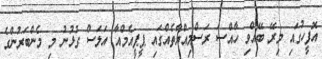
އޮފީހުގައި މިރޭ ބޭއްވި ހާއްސަ ރަސްމިއްޔާތެއްގައި ޕީޕީއެމްއާ އަލަސް ގުޅުނު މި މެންބަރުންގެ